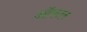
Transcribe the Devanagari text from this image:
ऑफल